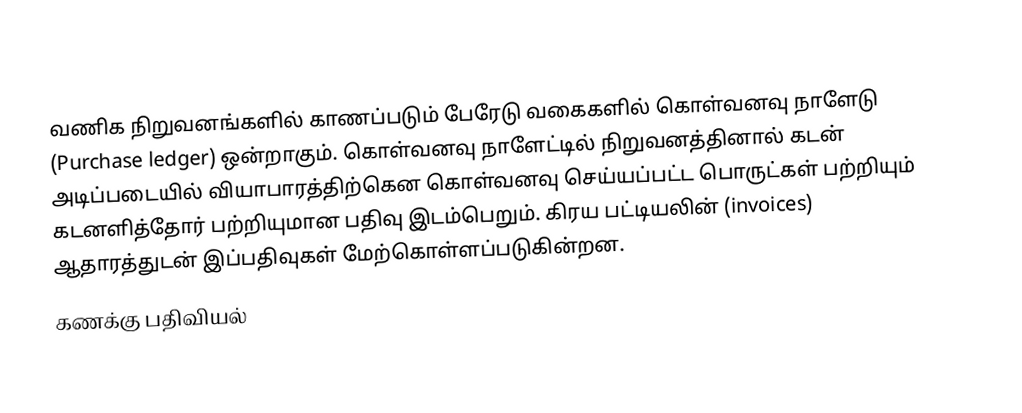
வணிக நிறுவனங்களில் காணப்படும் பேரேடு வகைகளில் கொள்வனவு நாளேடு (Purchase ledger) ஒன்றாகும். கொள்வனவு நாளேட்டில் நிறுவனத்தினால் கடன் அடிப்படையில் வியாபாரத்திற்கென கொள்வனவு செய்யப்பட்ட பொருட்கள் பற்றியும் கடனளித்தோர் பற்றியுமான பதிவு இடம்பெறும். கிரய பட்டியலின் (invoices) ஆதாரத்துடன் இப்பதிவுகள் மேற்கொள்ளப்படுகின்றன.
கணக்கு பதிவியல்